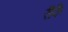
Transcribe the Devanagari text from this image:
रीफै